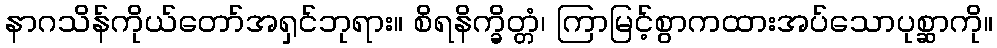
နာဂသိန်ကိုယ်တော်အရှင်ဘုရား။ စိရနိက္ခိတ္တံ၊ ကြာမြင့်စွာကထားအပ်သောပုစ္ဆာကို။